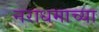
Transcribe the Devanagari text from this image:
नराधमाच्या